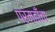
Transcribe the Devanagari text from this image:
परमढाँचा